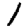
Digit: 1